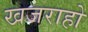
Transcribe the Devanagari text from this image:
खजराहो